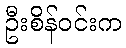
ဦးစိန်ဝင်းက